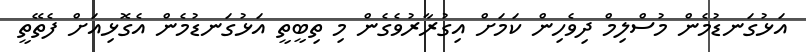
އަޅުގަނޑުމެން މުސްލިމް ދިވެހިން ކަމަށް އިގުރާރުވެގެން މި ތިބީތީ އަޅުގަނޑުމެން އެގޮޅިއަށް ފެތޭތީ